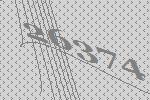
26374